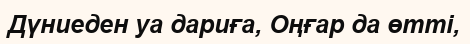
Дүниеден уа дариға, Оңғар да өтті,